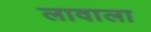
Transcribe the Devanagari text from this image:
लावाला